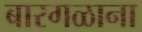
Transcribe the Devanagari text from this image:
बारगळाना